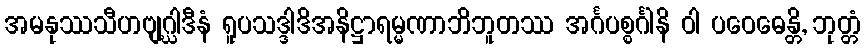
အမနုဿသီဟဗျဂ္ဃါဒီနံ ရူပသဒ္ဒါဒိအနိဋ္ဌာရမ္မဏာဘိဘူတဿ အင်္ဂပစ္စင်္ဂါနိ ဝါ ပဝေဓေန္တိ, ဘုတ္တံ